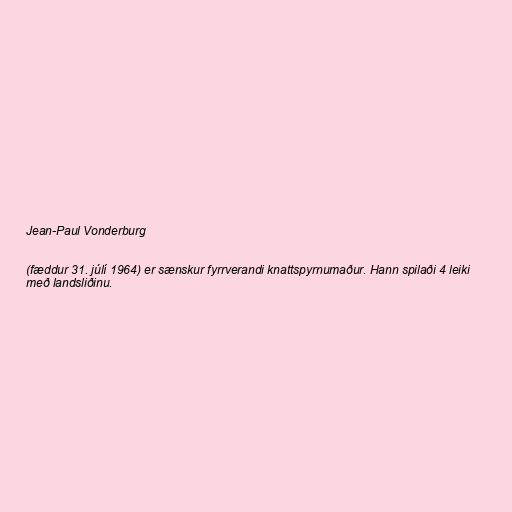
Jean-Paul Vonderburg

(fæddur 31. júlí 1964) er sænskur fyrrverandi knattspyrnumaður. Hann spilaði 4 leiki
með landsliðinu.